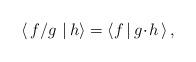
LaTeX: \begin{align*}\langle\, f/g\,\, |\, h\rangle = \langle f \,|\, g\!\cdot\! h\,\rangle\,,\end{align*}